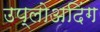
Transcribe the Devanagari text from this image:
उप्लोअदिंग